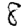
Digit: 8